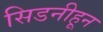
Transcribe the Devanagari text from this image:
सिडनीहून